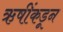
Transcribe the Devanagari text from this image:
ऋषींकडून